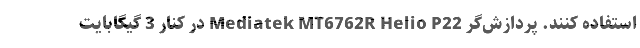
استفاده کنند. پردازش‌گر Mediatek MT6762R Helio P22 در کنار 3 گیگابایت